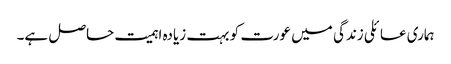
ہماری عائلی زندگی میں عورت کو بہت زیادہ اہمیت حاصل ہے۔